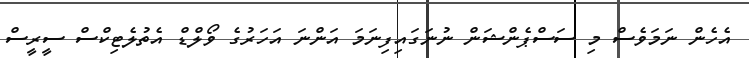
އެހެން ނަމަވެސް މި ސަސްޕެންޝަން ނުނަގައިފިނަމަ އަންނަ އަހަރުގެ ވޯލްޑް އެތުލެޓިކްސް ސީރީސް